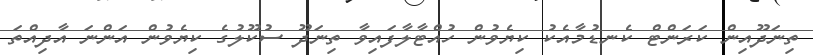
ތިނަދޫއިން ކަރަންޓް ކެނޑުމާއެކު ކިޔެވުން ހުއްޓާލާފައިވާ ތިނަދޫ ސުކޫލުގެ ކިޔެވުން އަންނަ އާދިއްތަ